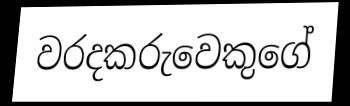
වරදකරුවෙකුගේ